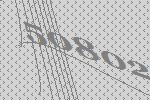
50802